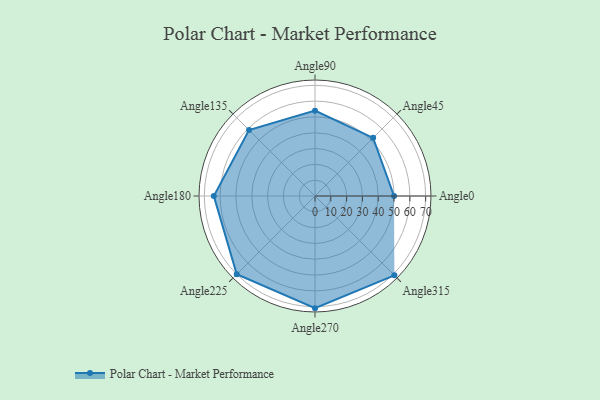
{"axis": {"x": "Angle", "y": "Radius"}, "legend": [""], "data": [{"x": "Angle0", "y": 50, "type": ""}, {"x": "Angle45", "y": 52.0, "type": ""}, {"x": "Angle90", "y": 54.0, "type": ""}, {"x": "Angle135", "y": 59.0, "type": ""}, {"x": "Angle180", "y": 64.0, "type": ""}, {"x": "Angle225", "y": 70.0, "type": ""}, {"x": "Angle270", "y": 71.0, "type": ""}, {"x": "Angle315", "y": 71.0, "type": ""}]}